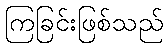
ကြခြင်းဖြစ်သည်